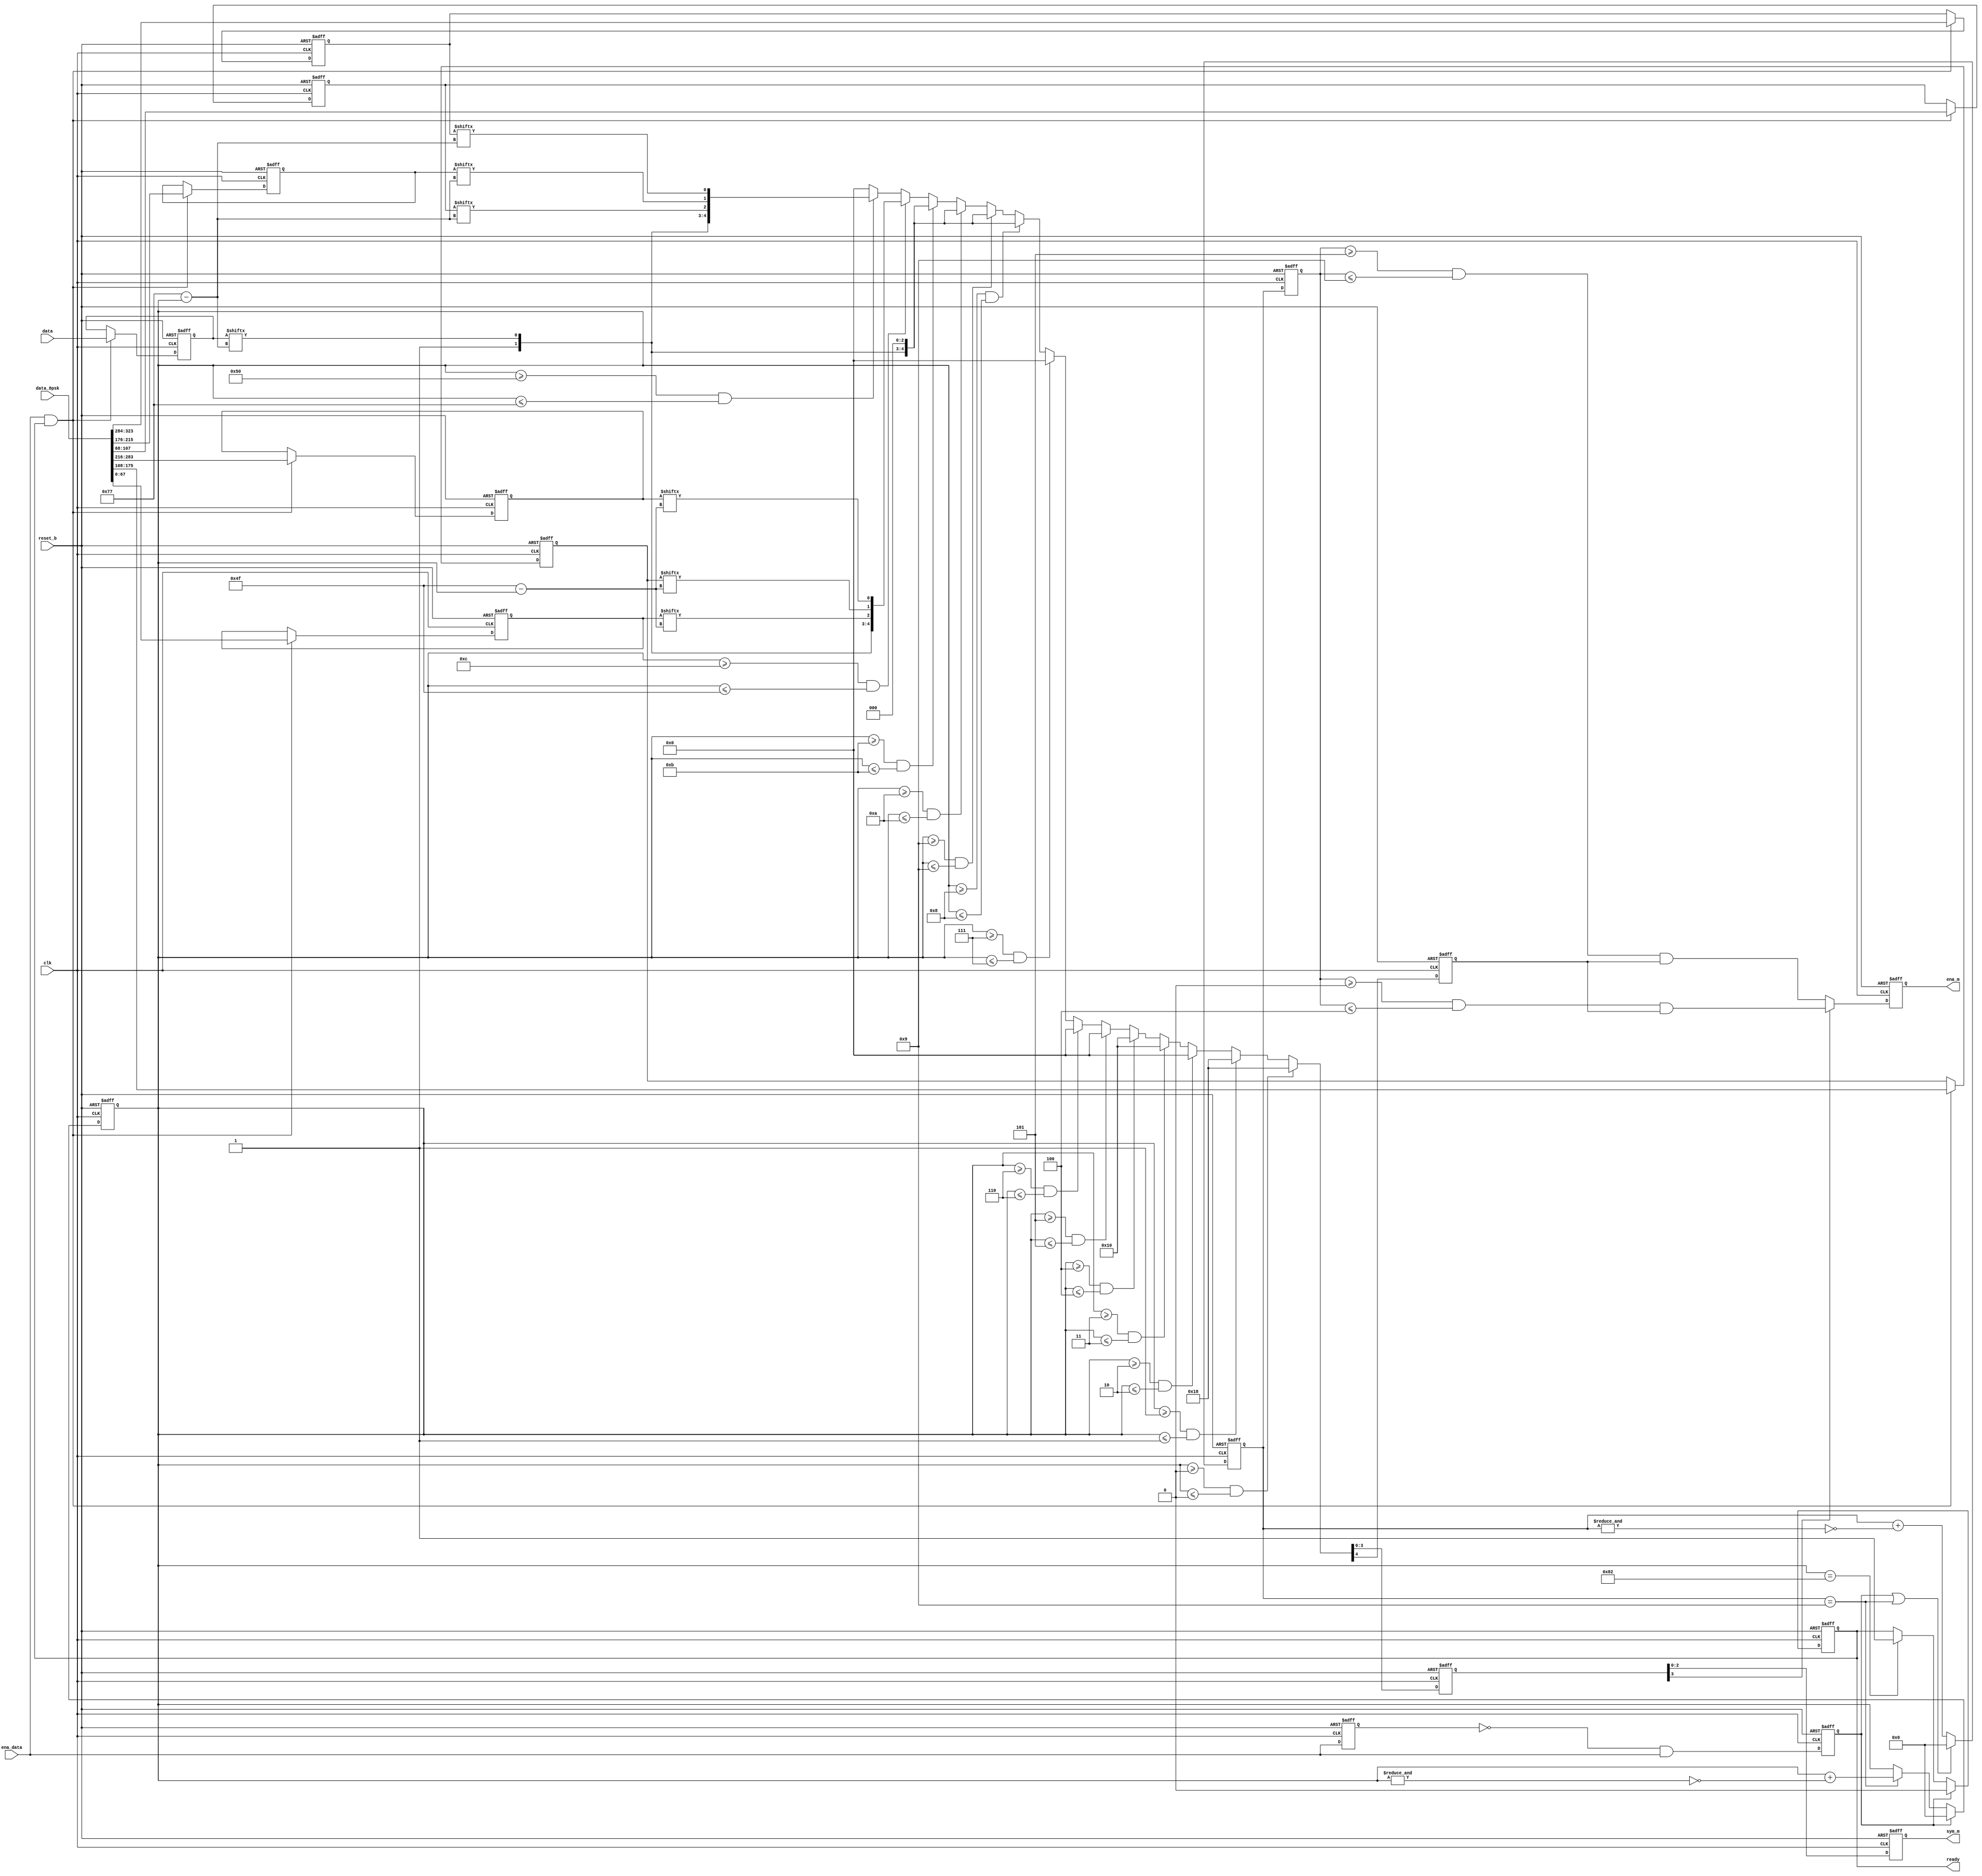

module gen_message_ext_sq
   (input               clk,
    input               reset_b,
    input       [111:0] data,        // BPSK data
    input       [323:0] data_8psk,   // extra 3 bits 8PSK
    input               ena_data,
    output reg          ready,
    output reg          ena_m,
    output reg  [2:0]   sym_m
    );

localparam N=10;

function reg rng(input [15:0] low, value, high);
    begin
        rng = value >= low && value <= high;
    end
endfunction

///////// start new message //////////////////////////////////
    reg start_cnt;
    reg ena_data_reg;
    always @(posedge clk, negedge reset_b)
        if (~reset_b) begin
            ena_data_reg <= 1'd0;
            start_cnt <= 1'd0;
        end else begin
            ena_data_reg <= ena_data;
            start_cnt <= (~ena_data_reg) & ena_data;
        end

////////// latch data /////////////////////////////////////////
    reg [111:0] data3;
    reg [67:0] data2;
    reg [67:0] data1;
    reg [67:0] data0;
    reg [39:0] parity2;
    reg [39:0] parity1;
    reg [39:0] parity0;
    always @(posedge clk, negedge reset_b)
        if (~reset_b) begin
            data3 <= 112'd0;
            data2 <= 68'd0;
            data1 <= 68'd0;
            data0 <= 68'd0;
            parity2 <= 40'd0;
            parity1 <= 40'd0;
            parity0 <= 40'd0;
        end else begin
            if (ena_data & ready) begin
                data3 <= data[111:0];
                data2   <= data_8psk[67:0];     // [323:256];
                parity2 <= data_8psk[107:68];   // [255:216];
                data1   <= data_8psk[175:108];  // [215:148];
                parity1 <= data_8psk[215:176];  // [147:108];
                data0   <= data_8psk[283:216];  // [107:40];
                parity0 <= data_8psk[323:284];  // [39:0];
            end
        end
///////////////////////////////////////////////////////////////

/////////// PPM timer ////////////////////////////////////	
    reg [15:0] scnt;
    wire new_ppm = (scnt==(N-1));
    always @(posedge clk, negedge reset_b)
        if (~reset_b) begin
            scnt <= 16'hff;
        end else begin
            if (start_cnt | new_ppm) begin
                scnt <= 16'd0;
            end else begin
                scnt <= scnt + ~&scnt;
            end
        end

////////// PPM counter ///////////////////////////////////
    reg [15:0] wc;
    always @(posedge clk, negedge reset_b)
        if (~reset_b) begin
            wc <= 16'hff;
        end else begin
            if (start_cnt) begin
                wc <= 16'd0;
            end else if (new_ppm) begin
                wc <= wc + ~&wc;
            end
        end
        
////////// ready ///////////////////////////////////////
    always @(posedge clk, negedge reset_b)
        if (~reset_b) begin
            ready <= 1'd1;
        end else begin
            if (start_cnt)
                ready <= 1'd0;
            else if (wc==16'd130)
                ready <= 1'd1;
            else
                ready <= ready;
        end

/////////////////// mux ////////////////////////////////////////////////////////////////////////////
    // indexes
    wire [15:0] i0 = 16'd111 + 16'd8  - wc;
    wire [15:0] i1 = 16'd67  + 16'd12 - wc;
    wire [15:0] i2 = 16'd39  + 16'd80 - wc;
    // mux
    reg [3:0] sym;
    reg en;
    always @(posedge clk, negedge reset_b)
        if (~reset_b) begin
            {en, sym} <= { 5'b00000 };
        end else begin
            case (1)
            // preamble
                rng(0,  wc, 0  ) : {en, sym} <= { 5'b11000 };
                rng(1,  wc, 1  ) : {en, sym} <= { 5'b11000 };
                rng(2,  wc, 2  ) : {en, sym} <= { 5'b00000 };
                rng(3,  wc, 3  ) : {en, sym} <= { 5'b10000 };
                rng(4,  wc, 4  ) : {en, sym} <= { 5'b10000 };
                rng(5,  wc, 5  ) : {en, sym} <= { 5'b00000 };
                rng(6,  wc, 6  ) : {en, sym} <= { 5'b00000 };
                rng(7,  wc, 7  ) : {en, sym} <= { 5'b00000 };
            // sync
                rng(8,  wc, 8  ) : {en, sym} <= { 1'b1, data3[i0], 3'b000 };
                rng(9,  wc, 9  ) : {en, sym} <= { 1'b1, data3[i0], 3'b000 };
                rng(10, wc, 10 ) : {en, sym} <= { 1'b1, data3[i0], 3'b000 };
                rng(11, wc, 11 ) : {en, sym} <= { 1'b1, data3[i0], 3'b000 };
            // message data
                rng(12, wc, 79 ) : {en, sym} <= { 1'b1, data3[i0], data2[i1], data1[i1], data0[i1] };
            // parity        
                rng(80, wc, 119) : {en, sym} <= { 1'b1, data3[i0], parity2[i2], parity1[i2], parity0[i2] };
                default          : {en, sym} <= { 5'b00000 };
            endcase
       end
//////////////////////////////////////////////////////////////////////////////////////////////////////
    
    
////////// positioning modulation //////////////////////////////////////
    reg [15:0] scnt_reg;
    always @(posedge clk, negedge reset_b)
        if (~reset_b) begin
            scnt_reg <= 16'd0;
            ena_m <= 1'b0;
            sym_m <= 3'd0;
        end else begin
            scnt_reg <= scnt;
            if (sym[3]) begin
                ena_m <= (scnt_reg>=16'd0) & (scnt_reg<=(N/2-1)) & en;
            end else begin
                ena_m <= (scnt_reg>=(N/2)) & (scnt_reg<=(N-1)) & en;
            end
            sym_m <= sym[2:0];
        end
///////////////////////////////////////////////////////////////////////


endmodule